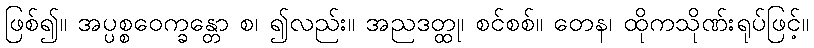
ဖြစ်၍။ အပ္ပစ္စဝေက္ခန္တော စ၊ ၍လည်း။ အညဒတ္ထု၊ စင်စစ်။ တေန၊ ထိုကသိုဏ်းရုပ်ဖြင့်။